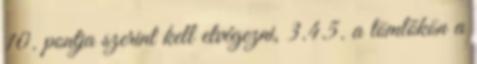
10. pontja szerint kell elvégezni, 3.4.5. a tömlõkön a